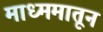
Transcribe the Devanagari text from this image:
माध्ममातून